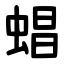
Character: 䗉